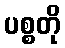
ပစ္စတို